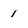
Character: 1